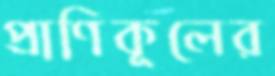
প্রাণিকূলের